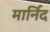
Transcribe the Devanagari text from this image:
मार्निद